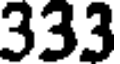
333